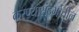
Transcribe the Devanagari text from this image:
करण्यासंदर्भातील